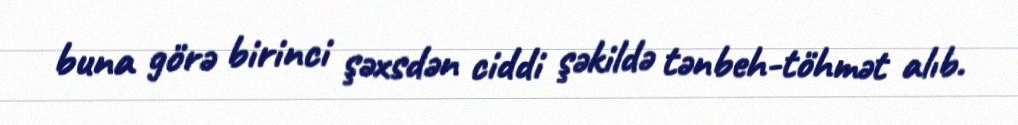
buna görə birinci şəxsdən ciddi şəkildə tənbeh-töhmət alıb.